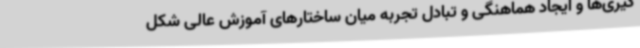
‌گیری‌ها و ایجاد هماهنگی و تبادل تجربه میان ساختارهای آموزش عالی شکل